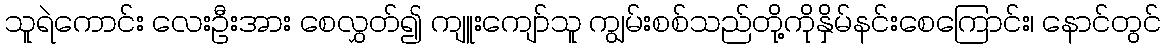
သူရဲကောင်း လေးဦးအား စေလွှတ်၍ ကျူးကျော်သူ ကျွမ်းစစ်သည်တို့ကိုနှိမ်နင်းစေကြောင်း၊ နောင်တွင်